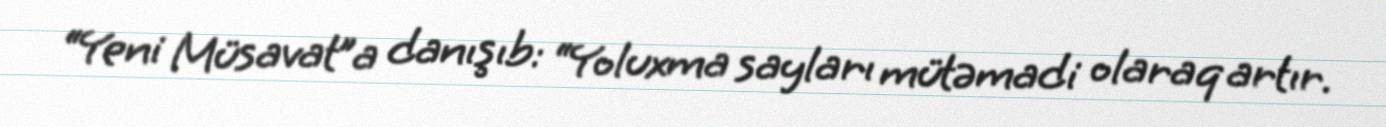
“Yeni Müsavat”a danışıb: “Yoluxma sayları mütəmadi olaraq artır.